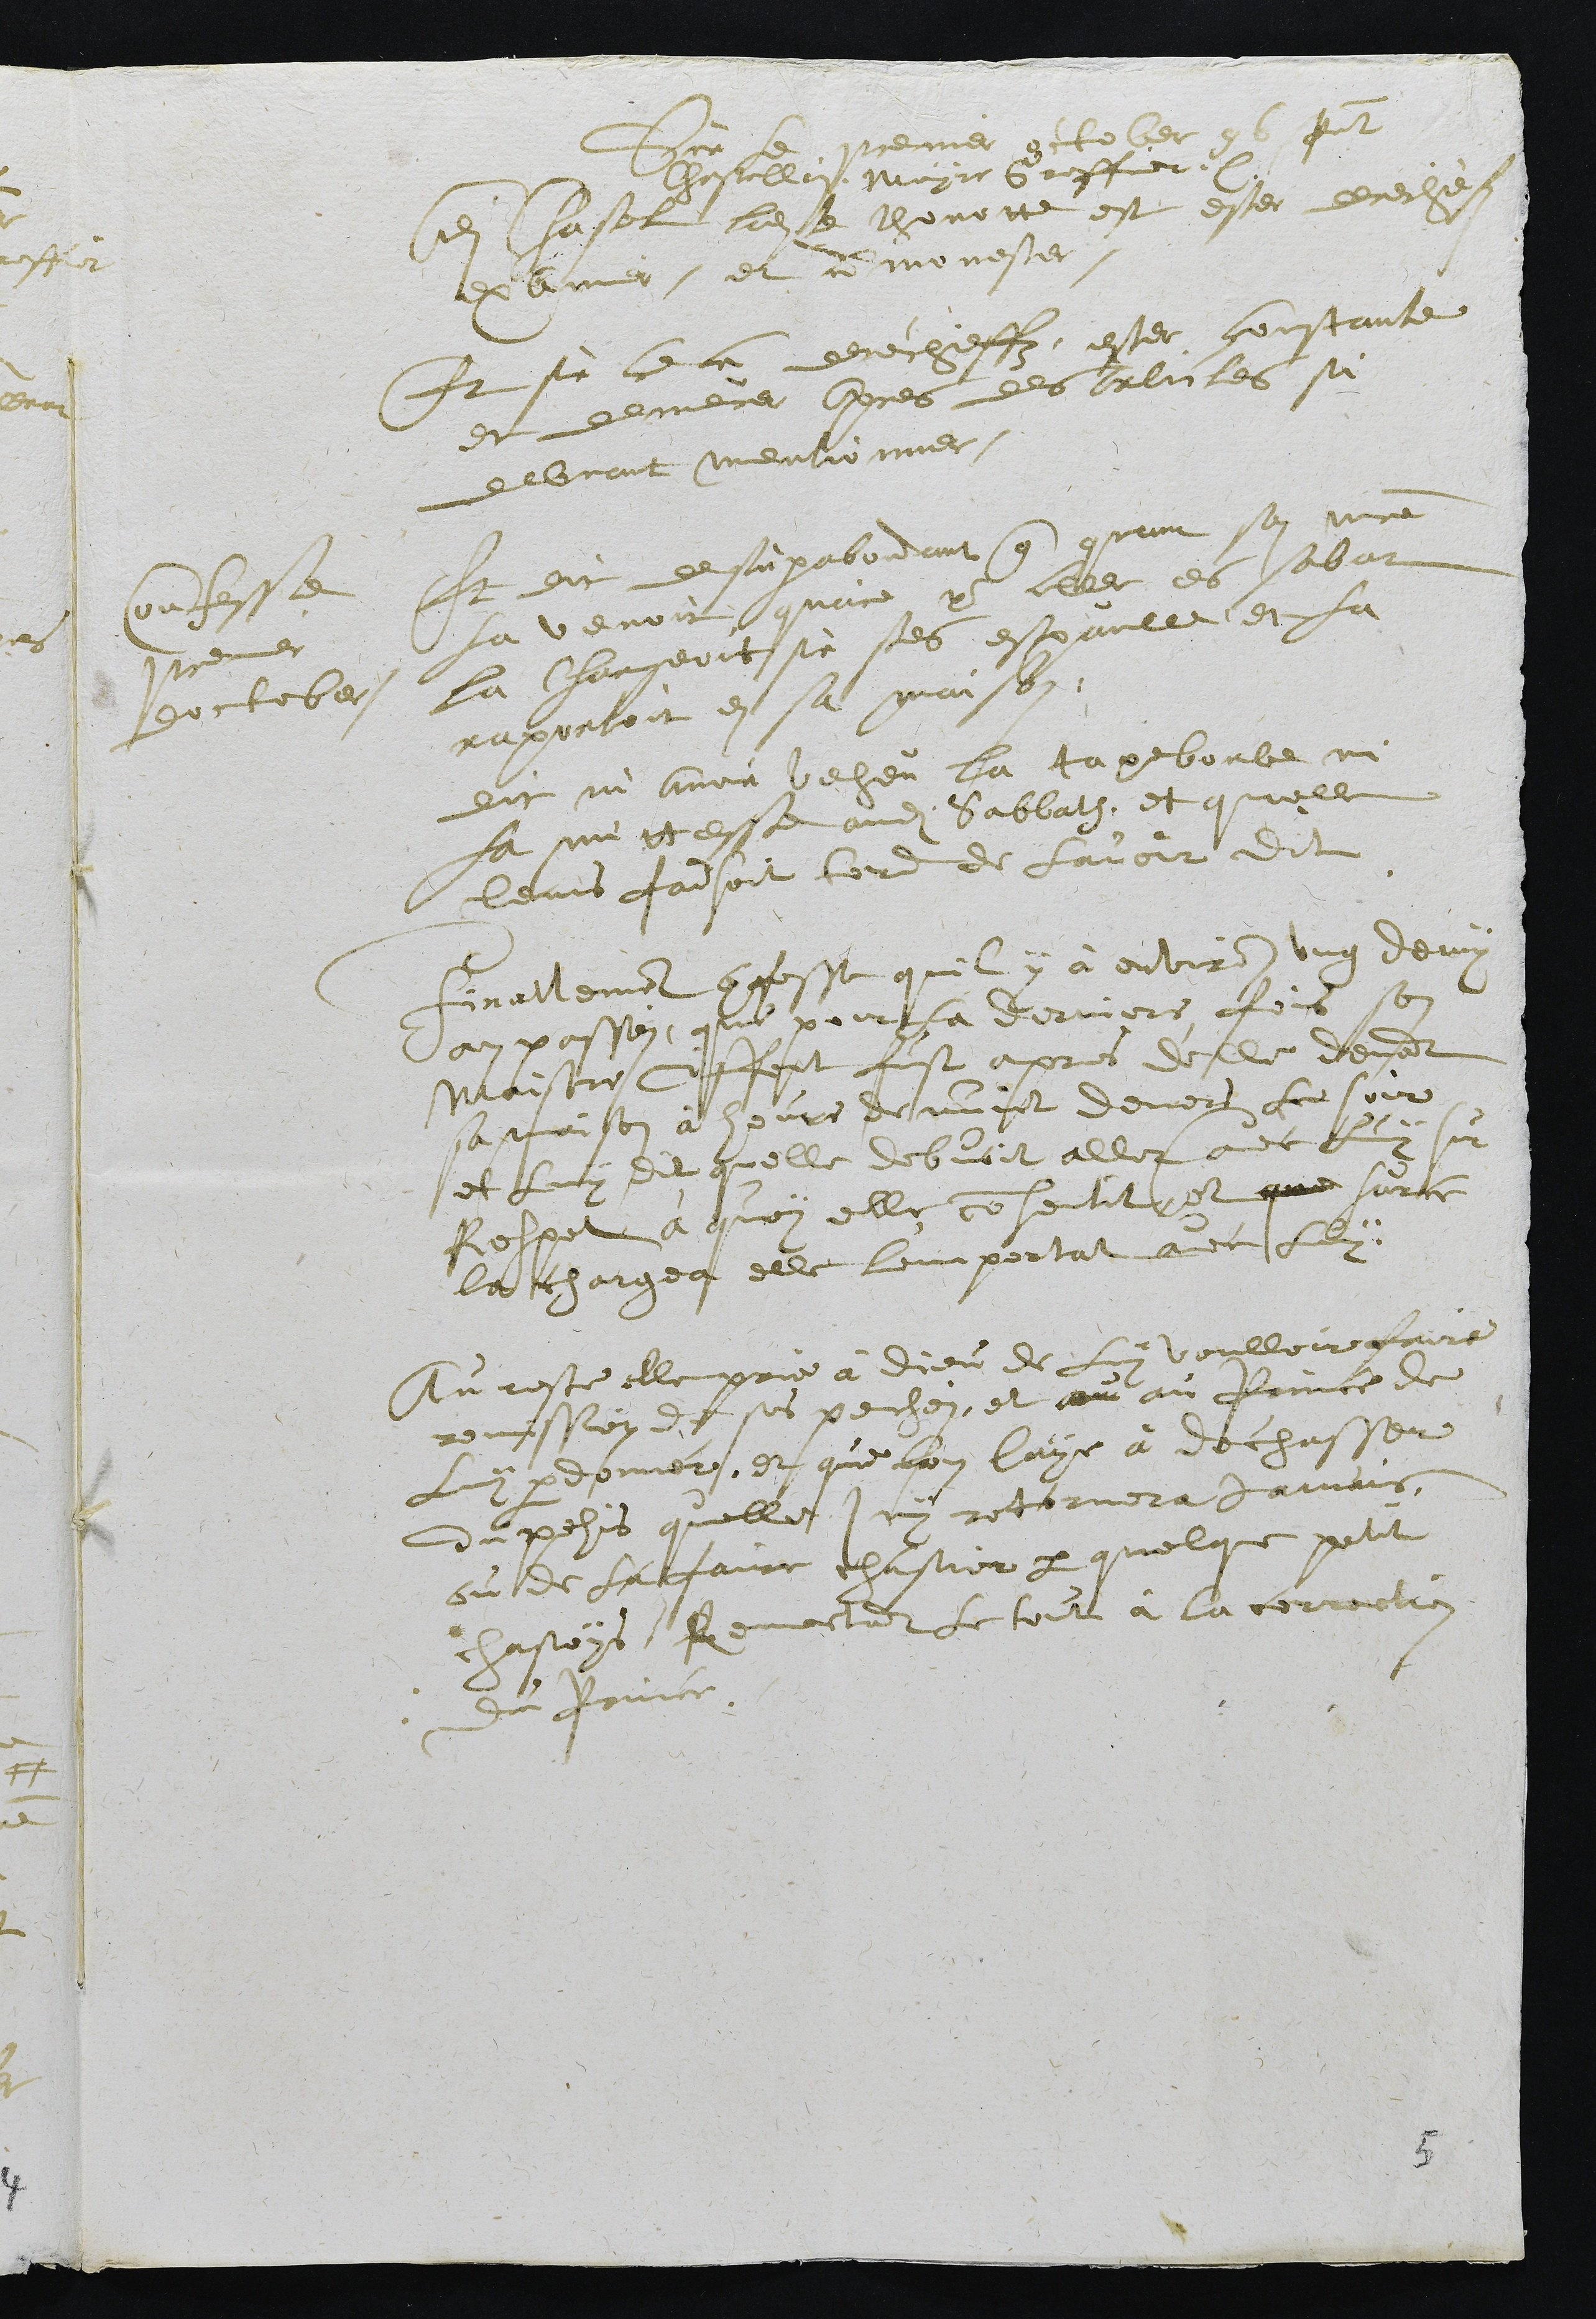
Sur le premier october 96 present
Chastellin, Mayre Greffier
Audit Chastel ladite thonotte est ester derechefz
examiner, et admonester.
Et sur cela derechieffz ester constante
et demeurer aupres des articles si
debvant mentionner.
Confesse
premier
doctober
Et dit desuperabondant que quant son maitre
la venoit quaire pour aller es sabat
la chargeoit sur ses espaulle, et la
raportoit en sa maison.
dit ni avoir veheu la tapeborbe ny
la mittesse audit Sabbath, et quelle
leurs faisoit tord de lavoir dit
Finallement confesse quil y à environ ung demy
an passei, que pour la derniere fois son
maistre Ciffert fust apres d'elle devant
sa maison à heure de nuict devers le soir
et luy dit quelle debvoit aller avec luy sur
Respet à quoy elle consentit et que surce
la chargea elle lemportat avec luy.
Au reste elle prie à Dieu de luy voulloir faire
remission de ses pechei, et au au Prince de
Luy pardonner, et que lon laye à dechasser
du pehis quelle ny retornera jamais
ou de la faire chastier par quelque petit
chastoys Remestant le tout à la correction
du Prince.

5